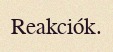
Reakciók.